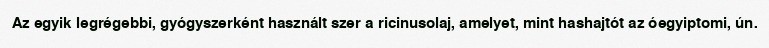
Az egyik legrégebbi, gyógyszerként használt szer a ricinusolaj, amelyet, mint hashajtót az óegyiptomi, ún.